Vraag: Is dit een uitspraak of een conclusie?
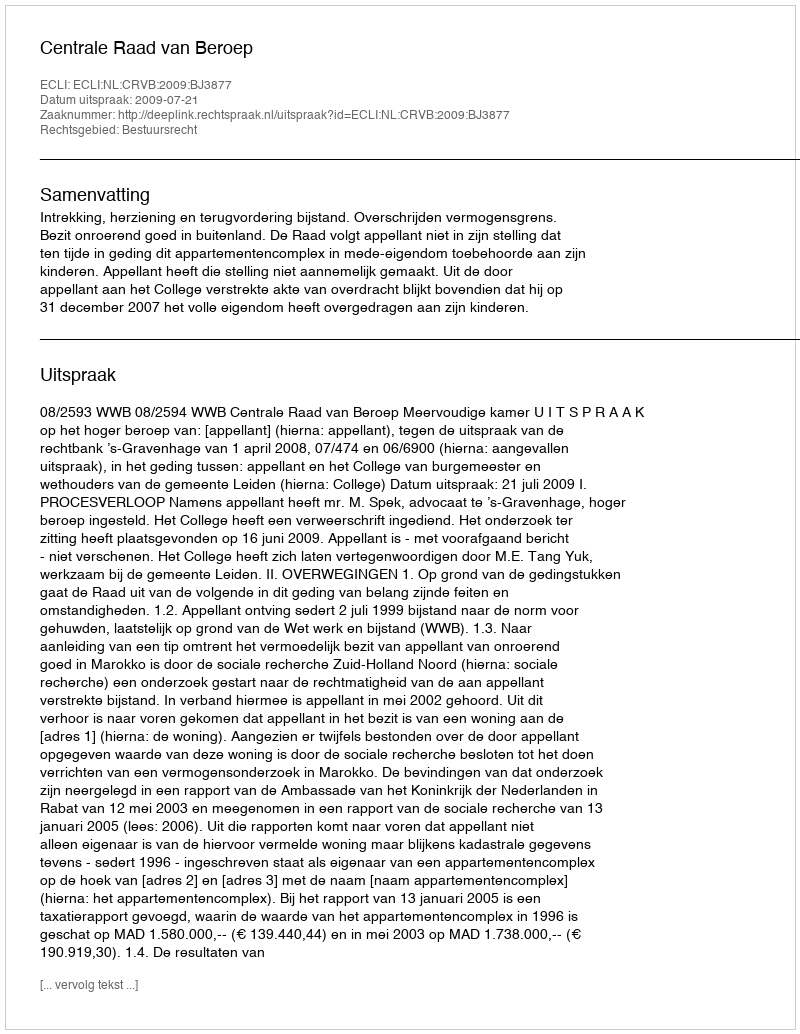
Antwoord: Uitspraak